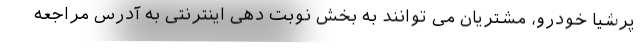
پرشیا خودرو، مشتریان می توانند به بخش نوبت دهی اینترنتی به آدرس مراجعه